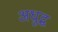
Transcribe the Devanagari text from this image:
अधुद्ध